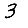
Digit: 3